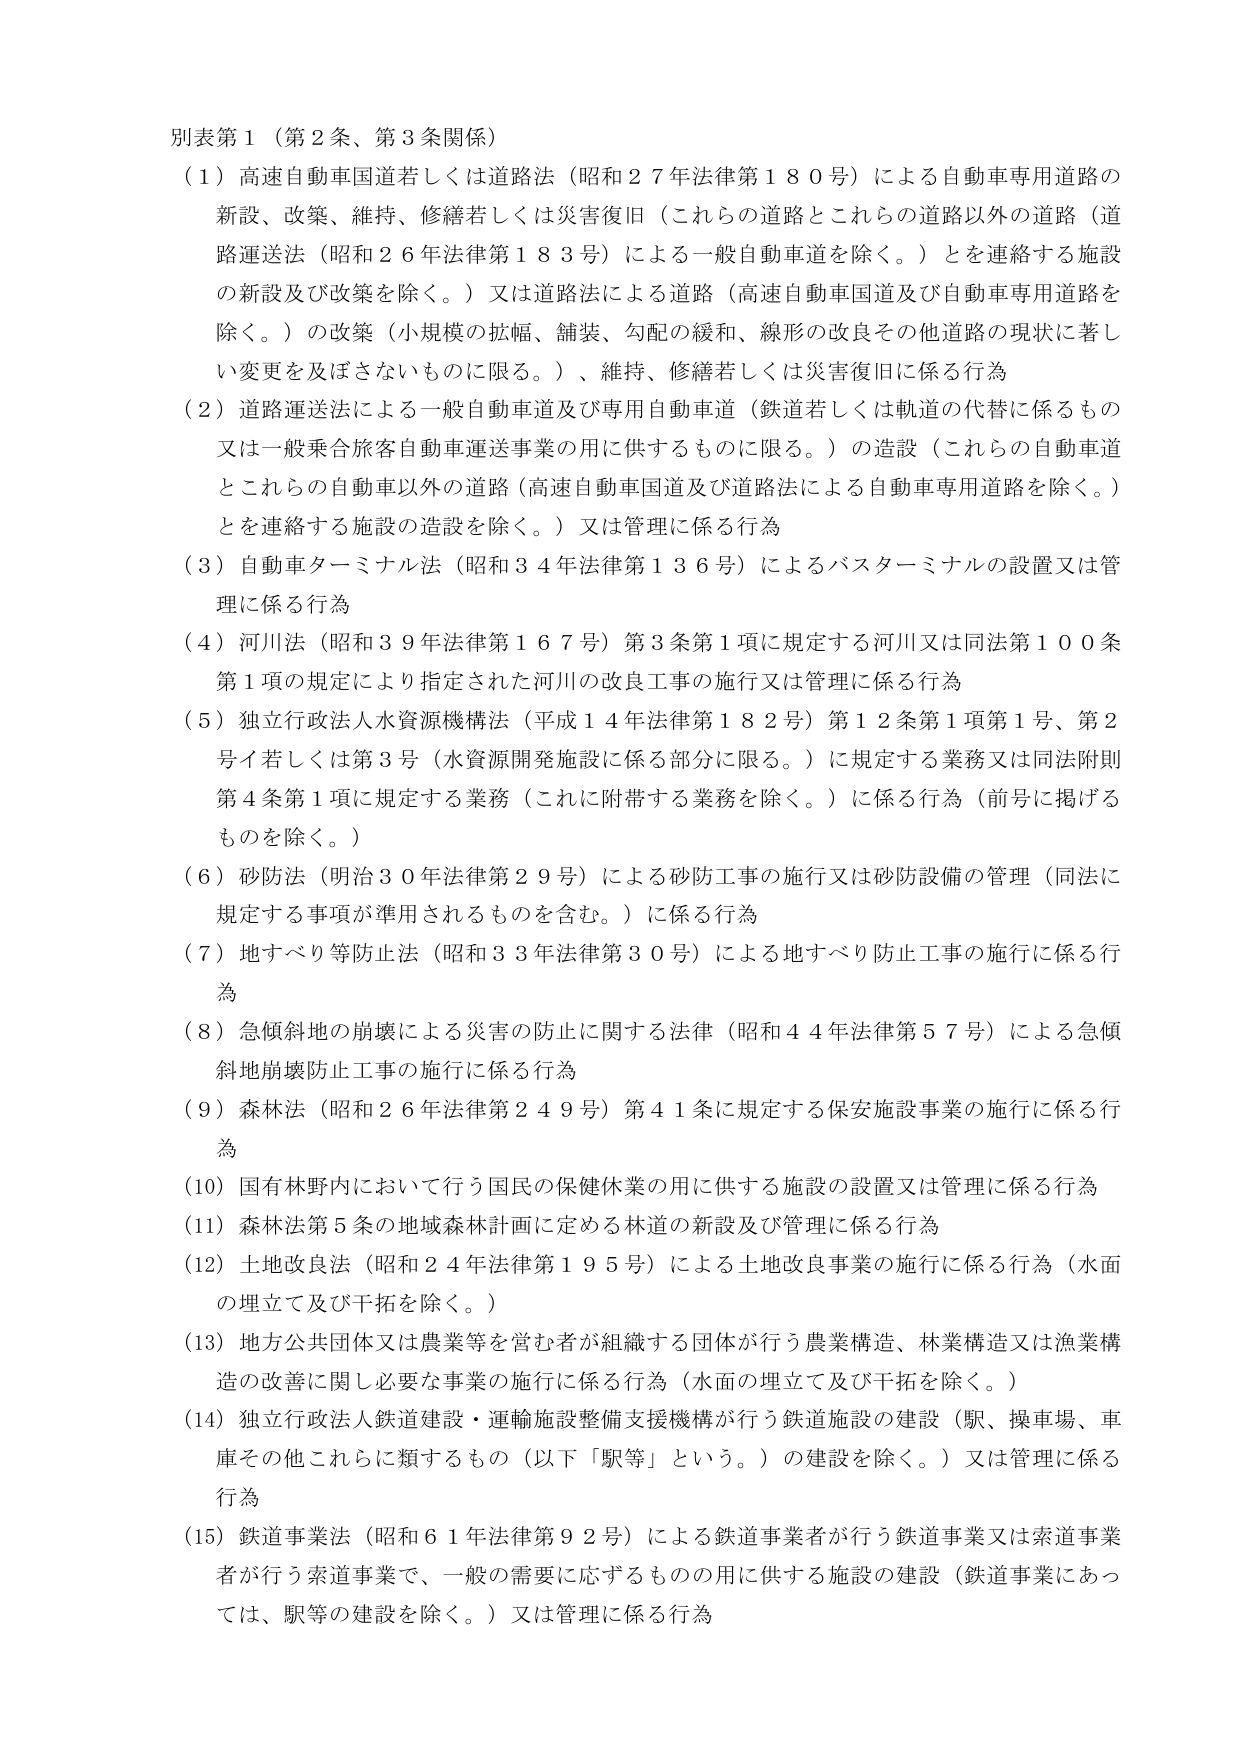
別表第１（第２条、第３条関係）

（１）高速自動車国道若しくは道路法（昭和２７年法律第１８０号）による自動車専用道路の新設、改築、維持、修繕若しくは災害復旧（これらの道路とこれらの道路以外の道路（道路運送法（昭和２６年法律第１８３号）による一般自動車道を除く。）とを連絡する施設の新設及び改築を除く。）又は道路法による道路（高速自動車国道及び自動車専用道路を除く。）の改築（小規模の拡幅、舗装、勾配の緩和、線形の改良その他道路の現状に著しい変更を及ぼさないものに限る。）、維持、修繕若しくは災害復旧に係る行為

（２）道路運送法による一般自動車道及び専用自動車道（鉄道若しくは軌道の代替に係るもの又は一般乗合旅客自動車運送事業の用に供するものに限る。）の造設（これらの自動車道とこれらの自動車以外の道路（高速自動車国道及び道路法による自動車専用道路を除く。）とを連絡する施設の造設を除く。）又は管理に係る行為

（３）自動車ターミナル法（昭和３４年法律第１３６号）によるバスターミナルの設置又は管理に係る行為

（４）河川法（昭和３９年法律第１６７号）第３条第１項に規定する河川又は同法第１００条第１項の規定により指定された河川の改良工事の施行又は管理に係る行為

（５）独立行政法人水資源機構法（平成１４年法律第１８２号）第１２条第１項第１号、第２号イ若しくは第３号（水資源開発施設に係る部分に限る。）に規定する業務又は同法附則第４条第１項に規定する業務（これに附帯する業務を除く。）に係る行為（前号に掲げるものを除く。）

（６）砂防法（明治３０年法律第２９号）による砂防工事の施行又は砂防設備の管理（同法に規定する事項が準用されるものを含む。）に係る行為

（７）地すべり等防止法（昭和３３年法律第３０号）による地すべり防止工事の施行に係る行為

（８）急傾斜地の崩壊による災害の防止に関する法律（昭和４４年法律第５７号）による急傾斜地崩壊防止工事の施行に係る行為

（９）森林法（昭和２６年法律第２４９号）第４１条に規定する保安施設事業の施行に係る行為

（10）国有林野内において行う国民の保健休養の用に供する施設の設置又は管理に係る行為

（11）森林法第５条の地域森林計画に定める林道の新設及び管理に係る行為

（12）土地改良法（昭和２４年法律第１９５号）による土地改良事業の施行に係る行為（水面の埋立て及び干拓を除く。）

（13）地方公共団体又は農業等を営む者が組織する団体が行う農業構造、林業構造又は漁業構造の改善に関し必要な事業の施行に係る行為（水面の埋立て及び干拓を除く。）

（14）独立行政法人鉄道建設・運輸施設整備支援機構が行う鉄道施設の建設（駅、操車場、車庫その他これらに類するもの（以下「駅等」という。）の建設を除く。）又は管理に係る行為

（15）鉄道事業法（昭和６１年法律第９２号）による鉄道事業者が行う鉄道事業又は索道事業者が行う索道事業で、一般の需要に応ずるもの の用に供する施設の建設（鉄道事業にあっては、駅等の建設を除く。）又は管理に係る行為